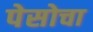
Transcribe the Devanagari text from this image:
पेसोचा